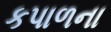
કપાળના